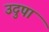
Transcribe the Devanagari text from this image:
उदुपा